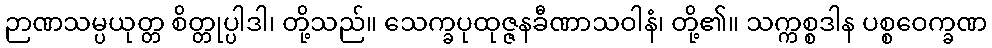
ဉာဏသမ္ပယုတ္တ စိတ္တုပ္ပါဒါ၊ တို့သည်။ သေက္ခပုထုဇ္ဇနခီဏာသဝါနံ၊ တို့၏။ သက္ကစ္စဒါန ပစ္စဝေက္ခဏ